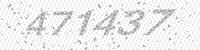
Solution: 471437